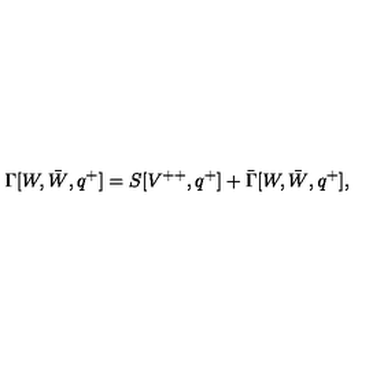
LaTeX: \Gamma [ W , \bar { W } , q ^ { + } ] = S [ V ^ { + + } , q ^ { + } ] + \bar { \Gamma } [ W , \bar { W } , q ^ { + } ] ,